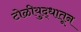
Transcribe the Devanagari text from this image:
टोळीयुद्धातून